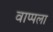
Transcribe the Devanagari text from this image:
वाप्पला